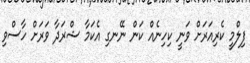
ފިލްމީ ކެރިއަރަށް ވަނީ ކިހިނެއް ކަން ނޭނގި އެކަމާ ޝްރަދާ ވަރަށް ހާސްވި